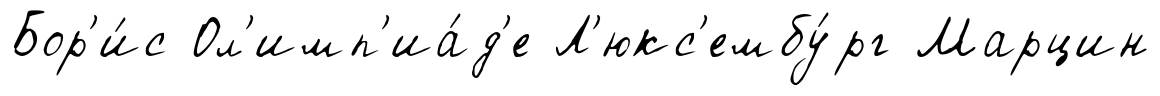
Бор'и́с Ол'имп'иа́д'е Л'юкс'ембу́рг Марцин